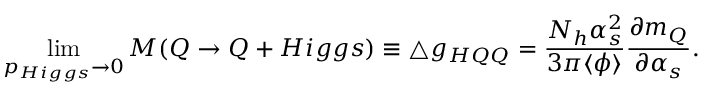
\operatorname * { l i m } _ { p _ { H i g g s } \rightarrow 0 } M ( Q \rightarrow Q + H i g g s ) \equiv \bigtriangleup g _ { H Q Q } = { \frac { N _ { h } \alpha _ { s } ^ { 2 } } { 3 \pi \langle \phi \rangle } } { \frac { \partial m _ { Q } } { \partial \alpha _ { s } } } .